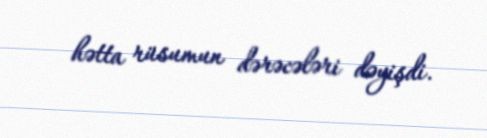
hətta rüsumun dərəcələri dəyişdi.